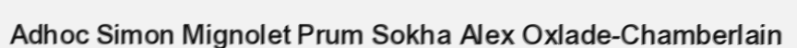
Adhoc Simon Mignolet Prum Sokha Alex Oxlade-Chamberlain